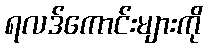
ရလဒ်ကောင်းများကို